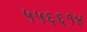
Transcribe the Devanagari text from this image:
५५६६१४